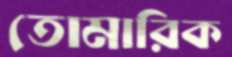
তোমারিক